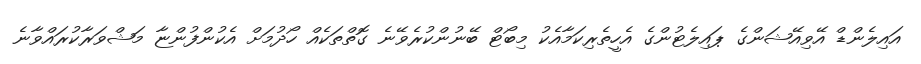
އައިލެންޑް އޭވިއޭޝަންގެ ޕައިލެޓުންގެ އެހީތެރިކަމާއެކު މިބޯޓް ބޭނުންކުރެވޭނެ ގޮތްތަކެއް ހޯދުމަށް އެކުންފުންޏާ މަޝްވަރާކުރައްވާނެ